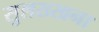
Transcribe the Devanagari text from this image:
सुलख्खना